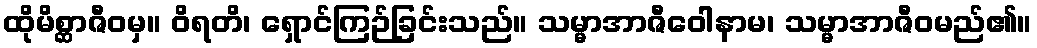
ထိုမိစ္ဆာဇီဝမှ။ ဝိရတိ၊ ရှောင်ကြဉ်ခြင်းသည်။ သမ္မာအာဇီဝေါနာမ၊ သမ္မာအာဇီဝမည်၏။